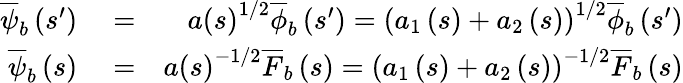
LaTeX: \begin{array}{rlr}{\overline{{\psi}}_{b}\left(s^{\prime}\right)}&{{}=}&{a\left(s\right)^{1/2}\overline{{\phi}}_{b}\left(s^{\prime}\right)=\left(a_{1}\left(s\right)+a_{2}\left(s\right)\right)^{1/2}\overline{{\phi}}_{b}\left(s^{\prime}\right)}\\ {\overline{{\psi}}_{b}\left(s\right)}&{{}=}&{a\left(s\right)^{-1/2}\overline{{F}}_{b}\left(s\right)=\left(a_{1}\left(s\right)+a_{2}\left(s\right)\right)^{-1/2}\overline{{F}}_{b}\left(s\right)}\end{array}